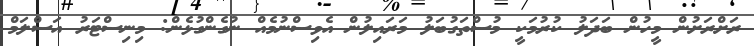
ރަށްރަށުން މީހުން ބަދަލު ކުރުމަކީ މުސްތަގުބަލު މަރައިލުން އެވިސްނުމެއް ނުގެންގުޅެން: މިނިސްޓަރު އަސްލަމް